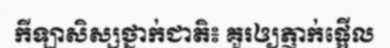
កីឡាសិស្សថ្នាក់ជាតិ៖ គួរឲ្យភ្ញាក់ផ្អើល